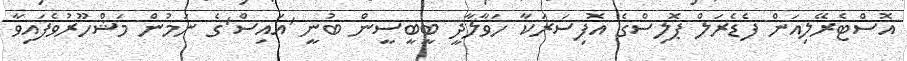
އޮސްޓެރޭލިއަން ފެޑެރަލް ޕޮލިސްގެ އޮފިސަރަކާ ހަވާލާދީ ބީބީސީން ބުނީ 'އައިސް'ގެ ނަމުން މަޝްހޫރުވެފައިވާ